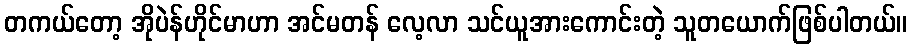
တကယ်တော့ အိုပဲန်ဟိုင်မာဟာ အင်မတန် လေ့လာ သင်ယူအားကောင်းတဲ့ သူတယောက်ဖြစ်ပါတယ်။